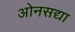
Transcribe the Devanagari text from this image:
ओनसद्या